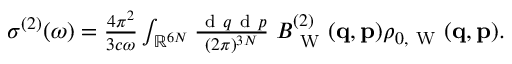
\begin{array} { r } { \sigma ^ { ( 2 ) } ( \omega ) = \frac { 4 \pi ^ { 2 } } { 3 c \omega } \int _ { \mathbb { R } ^ { 6 N } } \frac { \ensuremath { \mathrm { ~ d ~ } } \b { q } \ensuremath { \mathrm { ~ d ~ } } \b { p } } { ( 2 \pi ) ^ { 3 N } } \; B _ { \mathrm { ~ W ~ } } ^ { ( 2 ) } ( \ensuremath { \mathbf { q } } , \ensuremath { \mathbf { p } } ) \rho _ { 0 , \mathrm { ~ W ~ } } ( \ensuremath { \mathbf { q } } , \ensuremath { \mathbf { p } } ) . } \end{array}